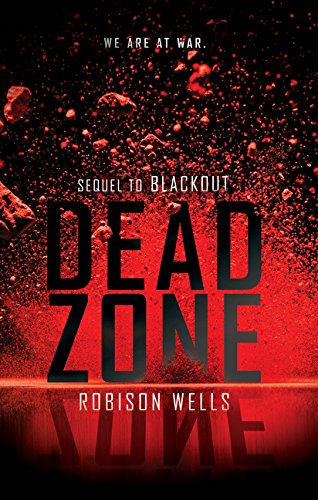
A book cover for Dead Zone (Blackout); Robison Wells; Teen & Young Adult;